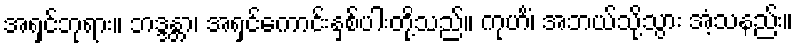
အရှင်ဘုရား။ ဘဒ္ဒန္တာ၊ အရှင်ကောင်းနှစ်ပါးတို့သည်။ ကုဟိံ၊ အဘယ်သို့သွား အံ့သနည်း။